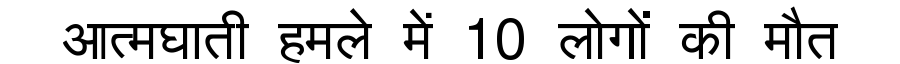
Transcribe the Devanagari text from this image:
आत्मघाती हमले में 10 लोगों की मौत